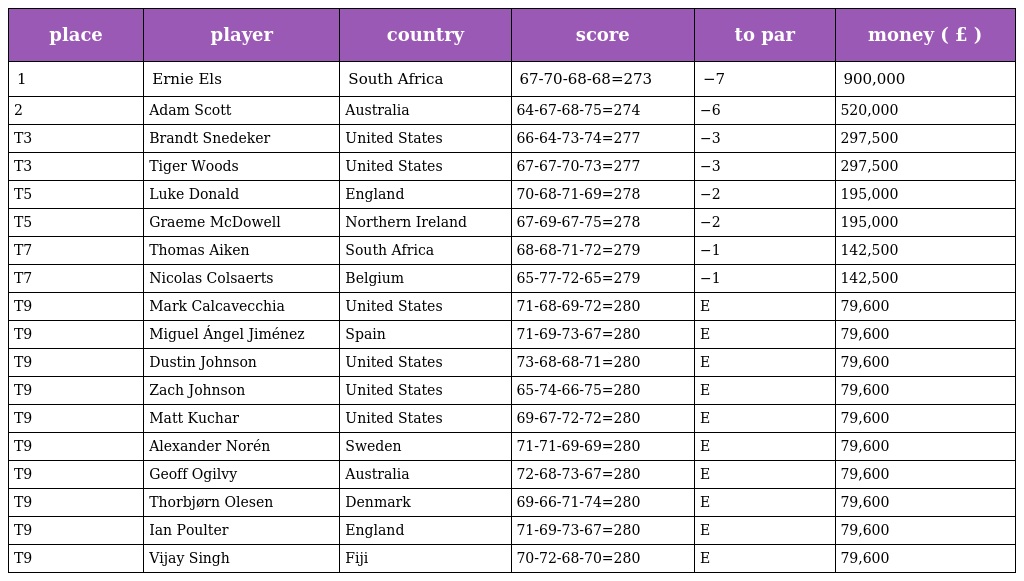
| place | player | country | score | to par | money ( £ ) |
 | --- | --- | --- | --- | --- | --- |
 | 1 | Ernie Els | South Africa | 67-70-68-68=273 | −7 | 900,000 |
 | 2 | Adam Scott | Australia | 64-67-68-75=274 | −6 | 520,000 |
 | T3 | Brandt Snedeker | United States | 66-64-73-74=277 | −3 | 297,500 |
 | T3 | Tiger Woods | United States | 67-67-70-73=277 | −3 | 297,500 |
 | T5 | Luke Donald | England | 70-68-71-69=278 | −2 | 195,000 |
 | T5 | Graeme McDowell | Northern Ireland | 67-69-67-75=278 | −2 | 195,000 |
 | T7 | Thomas Aiken | South Africa | 68-68-71-72=279 | −1 | 142,500 |
 | T7 | Nicolas Colsaerts | Belgium | 65-77-72-65=279 | −1 | 142,500 |
 | T9 | Mark Calcavecchia | United States | 71-68-69-72=280 | E | 79,600 |
 | T9 | Miguel Ángel Jiménez | Spain | 71-69-73-67=280 | E | 79,600 |
 | T9 | Dustin Johnson | United States | 73-68-68-71=280 | E | 79,600 |
 | T9 | Zach Johnson | United States | 65-74-66-75=280 | E | 79,600 |
 | T9 | Matt Kuchar | United States | 69-67-72-72=280 | E | 79,600 |
 | T9 | Alexander Norén | Sweden | 71-71-69-69=280 | E | 79,600 |
 | T9 | Geoff Ogilvy | Australia | 72-68-73-67=280 | E | 79,600 |
 | T9 | Thorbjørn Olesen | Denmark | 69-66-71-74=280 | E | 79,600 |
 | T9 | Ian Poulter | England | 71-69-73-67=280 | E | 79,600 |
 | T9 | Vijay Singh | Fiji | 70-72-68-70=280 | E | 79,600 |